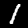
Label: 1